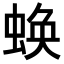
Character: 𧎑